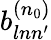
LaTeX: b_{lnn^{\prime}}^{(n_{0})}